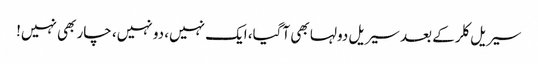
سیریل کلر کے بعد سیریل دولہا بھی آگیا، ایک نہیں، دو نہیں، چار بھی نہیں!